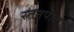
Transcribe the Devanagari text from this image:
रतनपोल